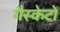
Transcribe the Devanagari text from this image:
गैस्केटों